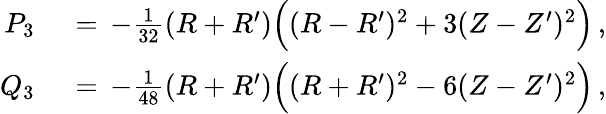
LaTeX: \begin{array}{rl}{P_{3}\, }&{{}=\, -\frac{1}{32}(R+R^{\prime})\Bigl((R-R^{\prime})^{2}+3(Z-Z^{\prime})^{2}\Bigr)\, ,}\\ {Q_{3}\, }&{{}=\, -\frac{1}{48}(R+R^{\prime})\Bigl((R+R^{\prime})^{2}-6(Z-Z^{\prime})^{2}\Bigr)\, ,}\end{array}